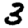
Digit: 3